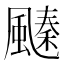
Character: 𩘢